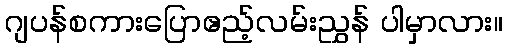
ဂျပန်စကားပြောဧည့်လမ်းညွှန် ပါမှာလား။